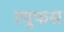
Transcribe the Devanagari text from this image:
रयुफस